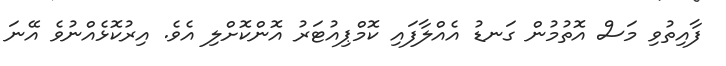
ފާއިތުވި މަސް އޮތުމުން ގަނޑު އެއްލާފައި ކޮމްޕިއުޓަރު އޮންކޮށްލި އެވެ. އިރުކޮޅެއްނުވެ އޭނަ